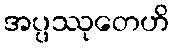
အပ္ပဿုတေဟိ